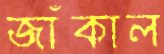
জাঁকাল